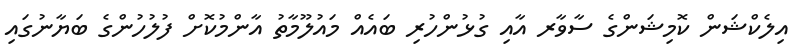
އިލެކްޝަން ކޮމިޝަންގެ ސާވާރ އާއި ގުޅުންހުރި ބައެއް މައުލޫމާތު އާންމުކޮށް ފުލުހުންގެ ބަޔާނުގައި